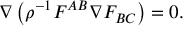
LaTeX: \nabla \left( \rho ^ { - 1 } F ^ { A B } \nabla F _ { B C } \right) = 0 .